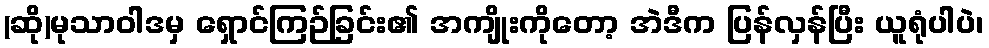
(ဆို)မုသာဝါဒမှ ရှောင်ကြဉ်ခြင်း၏ အကျိုးကိုတော့ အဲဒီက ပြန်လှန်ပြီး ယူရုံပါပဲ၊